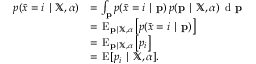
{ \begin{array} { r l } { p ( { \tilde { x } } = i \mid \mathbb { X } , { \boldsymbol { \alpha } } ) } & { = \int _ { \mathbf { p } } p ( { \tilde { x } } = i \mid \mathbf { p } ) \, p ( \mathbf { p } \mid \mathbb { X } , { \boldsymbol { \alpha } } ) \, { \textrm { d } } \mathbf { p } } \\ & { = \, \operatorname { E } _ { \mathbf { p } \mid \mathbb { X } , { \boldsymbol { \alpha } } } \left[ p ( { \tilde { x } } = i \mid \mathbf { p } ) \right] } \\ & { = \, \operatorname { E } _ { \mathbf { p } \mid \mathbb { X } , { \boldsymbol { \alpha } } } \left[ p _ { i } \right] } \\ & { = \, \operatorname { E } [ p _ { i } \mid \mathbb { X } , { \boldsymbol { \alpha } } ] . } \end{array} }